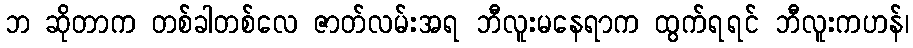
ဘ ဆိုတာက တစ်ခါတစ်လေ ဇာတ်လမ်းအရ ဘီလူးမနေရာက ထွက်ရရင် ဘီလူးကဟန်၊